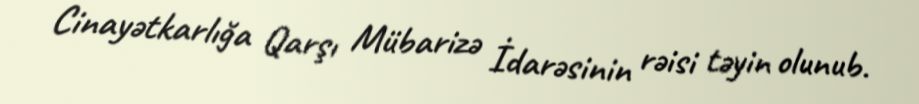
Cinayətkarlığa Qarşı Mübarizə İdarəsinin rəisi təyin olunub.